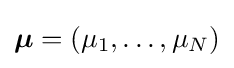
{\boldsymbol {\mu }}=(\mu _{1},\ldots ,\mu _{N})